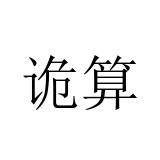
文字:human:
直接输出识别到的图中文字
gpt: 诡算